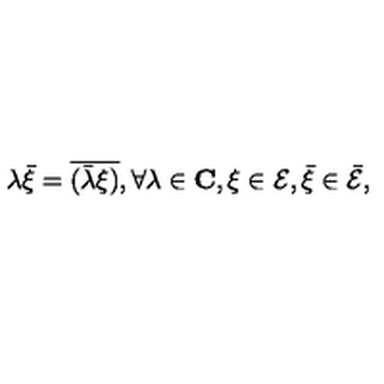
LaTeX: \lambda \bar { \xi } = \overline { { ( \bar { \lambda } \xi ) } } , \forall \lambda \in { \bf C } , \xi \in { \cal E } , \bar { \xi } \in \bar { \cal E } ,